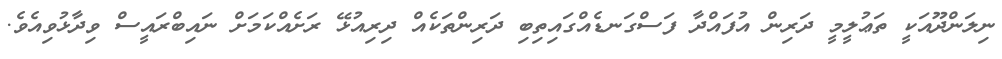
ނިލަންދޫއަކީ ތަޢުލީމީ ދަރިން އުފައްދާ ފަސްގަނޑެއްގައިތިބި ދަރިންތަކެއް ދިރިއުޅޭ ރަށެއްކަމަށް ނައިބްރައީސް ވިދާޅުވިއެވެ.